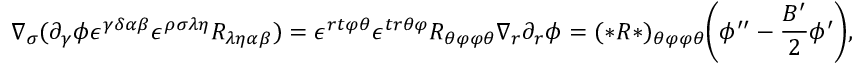
\nabla _ { \sigma } ( \partial _ { \gamma } \phi \epsilon ^ { \gamma \delta \alpha \beta } \epsilon ^ { \rho \sigma \lambda \eta } R _ { \lambda \eta \alpha \beta } ) = \epsilon ^ { r t \varphi \theta } \epsilon ^ { t r \theta \varphi } R _ { \theta \varphi \varphi \theta } \nabla _ { r } \partial _ { r } \phi = ( * R * ) _ { \theta \varphi \varphi \theta } \bigg ( \phi ^ { \prime \prime } - \frac { B ^ { \prime } } { 2 } \phi ^ { \prime } \bigg ) ,